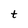
Character: t